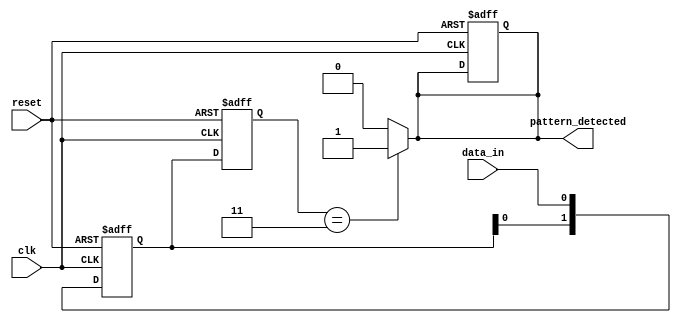
module DualFF_Detector (
    input wire clk,               // Clock signal
    input wire reset,             // Asynchronous reset signal
    input wire data_in,           // Input data stream
    output reg pattern_detected    // Output signal indicating pattern detection
);

    // Define parameters for the desired pattern (example: '11')
    parameter PATTERN_SIZE = 2;
    reg [PATTERN_SIZE-1:0] pattern = 2'b11; // The pattern to detect
    reg [1:0] ff1, ff2; // Dual flip-flops

    // Asynchronous reset and data sampling logic on clock edge
    always @(posedge clk or posedge reset) begin
        if (reset) begin
            ff1 <= 2'b00;
            ff2 <= 2'b00;
            pattern_detected <= 1'b0;
        end else begin
            ff1 <= {ff1[0], data_in};         // Shift in new data
            ff2 <= ff1;                       // Synchronize ff1
        end
    end

    // Pattern matching logic
    always @(*) begin
        if (ff2 == pattern) begin
            pattern_detected = 1'b1; // Pattern detected
        end else begin
            pattern_detected = 1'b0; // Pattern not detected
        end
    end

endmodule